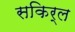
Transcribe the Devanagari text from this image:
सकिर्ल